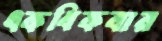
একধিকবার